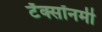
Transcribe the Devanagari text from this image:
टॅक्सॉनमी